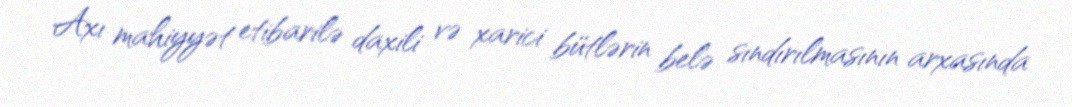
Axı mahiyyət etibarilə daxili və xarici bütlərin belə sındırılmasının arxasında